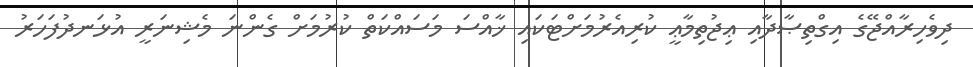
ދިވެހިރާއްޖޭގެ އިގްތިޞާދާއި ޢިޖުތިމާޢީ ކުރިއެރުމަށްޓަކައި ޚާއްސަ މަސައްކަތް ކުރުމަށް ގެންނަ މެޝިނަރީ އުޅަނދުފަހަރު